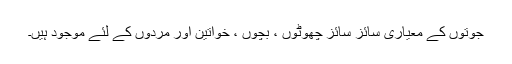
جوتوں کے معیاری سائز سائز چھوٹوں ، بچوں ، خواتین اور مردوں کے لئے موجود ہیں۔